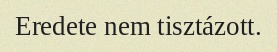
Eredete nem tisztázott.